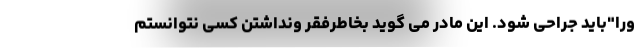
ورا"باید جراحی شود. این مادر می گوید بخاطرفقر ونداشتن کسی نتوانستم